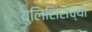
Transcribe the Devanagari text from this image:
युलिसिसच्या